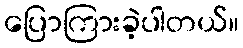
ပြောကြားခဲ့ပါတယ်။